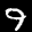
Label: 9